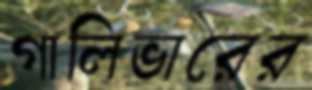
গালিভারের